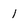
Character: 1